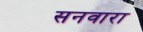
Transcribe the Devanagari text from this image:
सनवारा